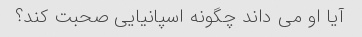
آیا او می داند چگونه اسپانیایی صحبت کند؟